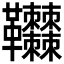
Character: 𩎎